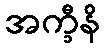
အက္ခီနိ